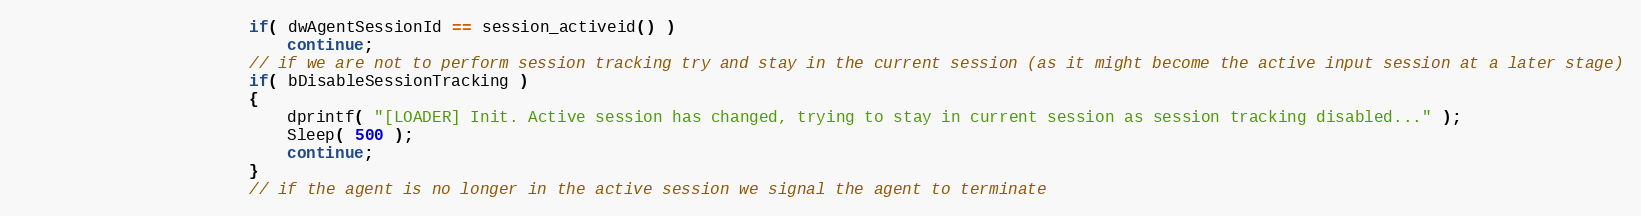
Language: C
						if( dwAgentSessionId == session_activeid() )
							continue;
						// if we are not to perform session tracking try and stay in the current session (as it might become the active input session at a later stage)
						if( bDisableSessionTracking )
						{
							dprintf( "[LOADER] Init. Active session has changed, trying to stay in current session as session tracking disabled..." );
							Sleep( 500 );
							continue;
						}
						// if the agent is no longer in the active session we signal the agent to terminate